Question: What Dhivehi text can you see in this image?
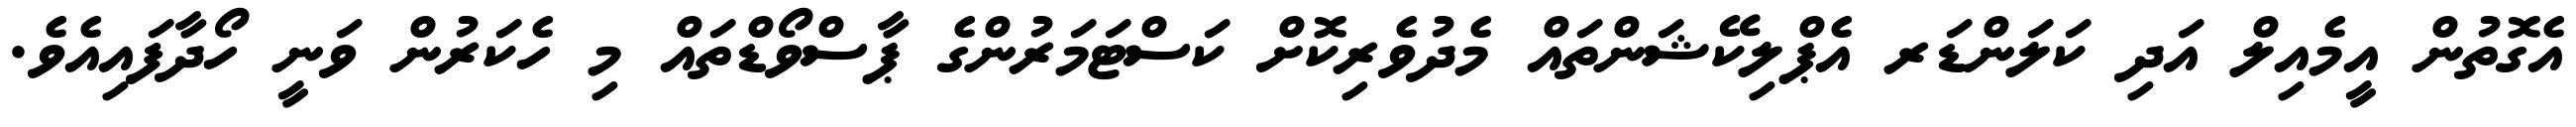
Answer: އެގޮތުން އީމެއިލް އަދި ކަލަންޑަރ އެޕްލިކޭޝަންތައް މެދުވެރިކޮށް ކަސްޓަމަރުންގެ ޕާސްވޯޑްތައް މި ހެކަރުން ވަނީ ހޯދާފައިއެވެ.